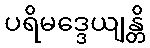
ပရိမဒ္ဒေယျန္တိ